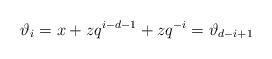
\begin{align*}\vartheta_i = x+zq^{i-d-1} + zq^{-i} = \vartheta_{d-i+1}\end{align*}